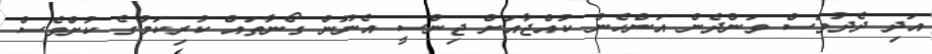
އަދި ދެދުވަސް ވަންދެން އަންހެން ކުއްޖާއަށް ޖިންސީ އެނޫން ގޯނާތައް ކުރިކަމުގެ ކުށްވެސް